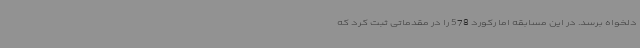
دلخواه برسد. در این مسابقه اما رکورد 578 را در مقدماتی ثبت کرد که